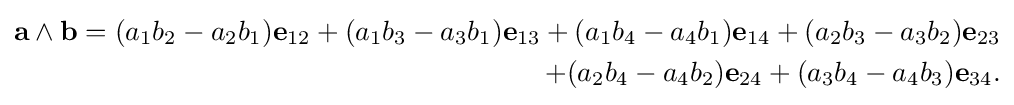
{\begin{aligned}\mathbf {a} \wedge \mathbf {b} =(a_{1}b_{2}-a_{2}b_{1})\mathbf {e} _{12}+(a_{1}b_{3}-a_{3}b_{1})\mathbf {e} _{13}+(a_{1}b_{4}-a_{4}b_{1})\mathbf {e} _{14}+(a_{2}b_{3}-a_{3}b_{2})\mathbf {e} _{23}\\+(a_{2}b_{4}-a_{4}b_{2})\mathbf {e} _{24}+(a_{3}b_{4}-a_{4}b_{3})\mathbf {e} _{34}.\end{aligned}}